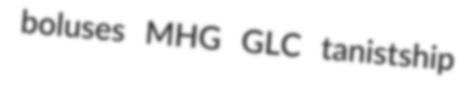
boluses MHG GLC tanistship